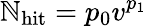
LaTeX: \mathbb{N}_{\mathrm{{hit}}}=p_{0}v^{p_{1}}